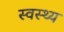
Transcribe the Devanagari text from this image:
स्‍वस्‍थ्‍य